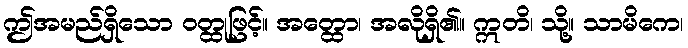
ဤအမည်ရှိသော ဝတ္ထုဖြင့်။ အတ္ထော၊ အလိုရှိ၏။ ဣတိ၊ သို့။ သာမိကေ၊